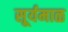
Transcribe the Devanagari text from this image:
सूर्यमाळ